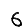
Digit: 6